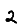
Digit: 2